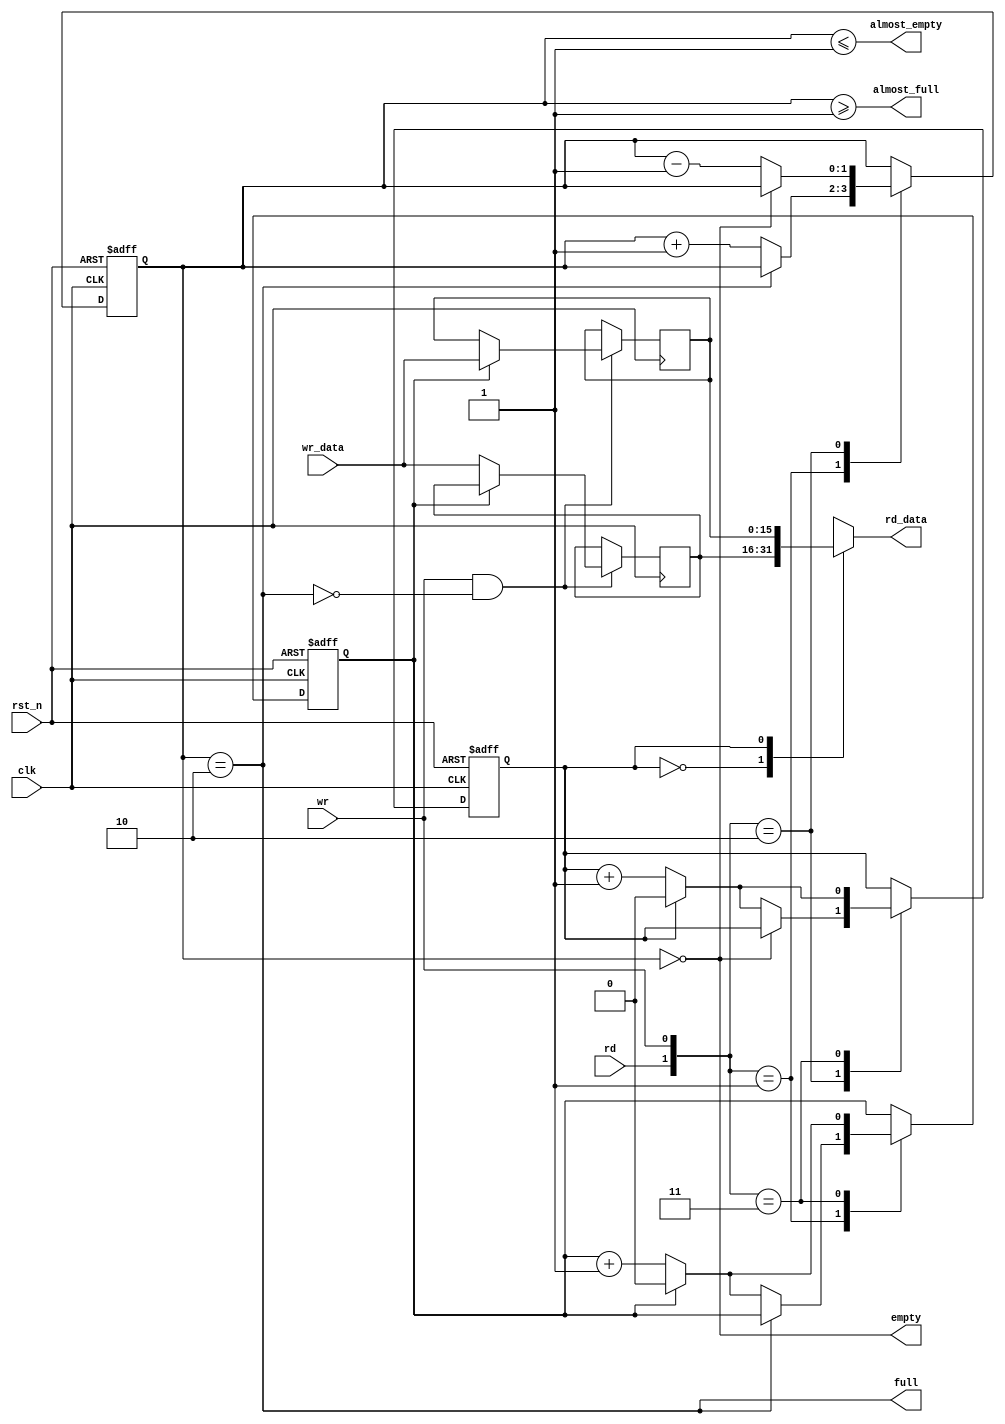
// (C) 2001-2018 Intel Corporation. All rights reserved.
// Your use of Intel Corporation's design tools, logic functions and other 
// software and tools, and its AMPP partner logic functions, and any output 
// files from any of the foregoing (including device programming or simulation 
// files), and any associated documentation or information are expressly subject 
// to the terms and conditions of the Intel Program License Subscription 
// Agreement, Intel FPGA IP License Agreement, or other applicable 
// license agreement, including, without limitation, that your use is for the 
// sole purpose of programming logic devices manufactured by Intel and sold by 
// Intel or its authorized distributors.  Please refer to the applicable 
// agreement for further details.


// synthesis translate_off
`timescale 1ns / 1ps
// synthesis translate_on

// turn off superfluous verilog processor warnings 
// altera message_level Level1 
// altera message_off 10034 10035 10036 10037 10230 10240 10030 

module efifo_module
   #(
      parameter                           DATA_WIDTH = 16,
      parameter                           DEPTH = 2
   )(
                                                                  // inputs:
                                                                   clk,
                                                                   rd,
                                                                   rst_n,
                                                                   wr,
                                                                   wr_data,

                                                                  // outputs:
                                                                   almost_empty,
                                                                   almost_full,
                                                                   empty,
                                                                   full,
                                                                   rd_data
                                                                )
;

  output                         almost_empty;
  output                         almost_full;
  output                         empty;
  output                         full;
  output  [ DATA_WIDTH - 1 : 0 ] rd_data;
  input                          clk;
  input                          rd;
  input                          rst_n;
  input                          wr;
  input   [ DATA_WIDTH - 1 : 0 ] wr_data;

  wire             almost_empty;
  wire             almost_full;
  wire             empty;
  reg     [      DEPTH - 1 : 0 ] entries;
  reg     [ DATA_WIDTH - 1 : 0 ] entry_0;
  reg     [ DATA_WIDTH - 1 : 0 ] entry_1;
  wire             full;
  reg              rd_address;
  reg     [ DATA_WIDTH - 1 : 0 ] rd_data;
  wire    [  1: 0] rdwr;
  reg              wr_address;
  assign rdwr = {rd, wr};
  assign full = entries == DEPTH;
  assign almost_full = entries >= DEPTH - 1;
  assign empty = entries == 0;
  assign almost_empty = entries <= DEPTH - 1;
  always @(entry_0 or entry_1 or rd_address)
    begin
      case (rd_address) // synthesis parallel_case full_case
      
          1'd0: begin
              rd_data = entry_0;
          end // 1'd0 
      
          1'd1: begin
              rd_data = entry_1;
          end // 1'd1 
      
          default: begin
          end // default
      
      endcase // rd_address
    end


  always @(posedge clk or negedge rst_n)
    begin
      if (rst_n == 0)
        begin
          wr_address <= 0;
          rd_address <= 0;
          entries <= 0;
        end
      else 
        case (rdwr) // synthesis parallel_case full_case
        
            2'd1: begin
                // Write data
                if (!full)
                  begin
                    entries <= entries + 1;
                    wr_address <= (wr_address == 1) ? 0 : (wr_address + 1);
                  end
            end // 2'd1 
        
            2'd2: begin
                // Read data
                if (!empty)
                  begin
                    entries <= entries - 1;
                    rd_address <= (rd_address == 1) ? 0 : (rd_address + 1);
                  end
            end // 2'd2 
        
            2'd3: begin
                wr_address <= (wr_address == 1) ? 0 : (wr_address + 1);
                rd_address <= (rd_address == 1) ? 0 : (rd_address + 1);
            end // 2'd3 
        
            default: begin
            end // default
        
        endcase // rdwr
    end


  always @(posedge clk)
    begin
      //Write data
      if (wr & !full)
          case (wr_address) // synthesis parallel_case full_case
          
              1'd0: begin
                  entry_0 <= wr_data;
              end // 1'd0 
          
              1'd1: begin
                  entry_1 <= wr_data;
              end // 1'd1 
          
              default: begin
              end // default
          
          endcase // wr_address
    end



endmodule